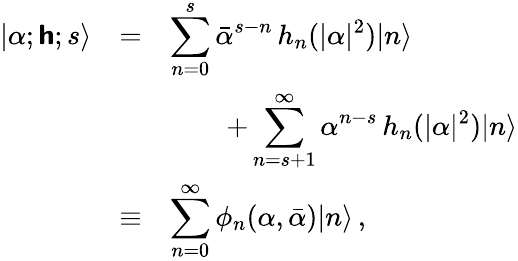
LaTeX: \begin{array}{lll}{|\alpha;\boldsymbol{\mathsf{h}};s\rangle}&{=}&{\displaystyle\sum_{n=0}^{s}{\bar{\alpha}}^{s-n}\, h_{n}(\vert\alpha\vert^{2})|n\rangle}\\ &&{\qquad\displaystyle+\sum_{n=s+1}^{\infty}\alpha^{n-s}\, h_{n}(\vert\alpha\vert^{2})|n\rangle}\\ {\displaystyle}&{\equiv}&{\displaystyle\sum_{n=0}^{\infty}\phi_{n}(\alpha,\bar{\alpha})|n\rangle\, ,}\end{array}